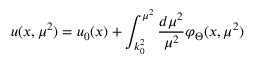
u ( x , \mu ^ { 2 } ) = u _ { 0 } ( x ) + \int _ { k _ { 0 } ^ { 2 } } ^ { \mu ^ { 2 } } \frac { d \mu ^ { 2 } } { \mu ^ { 2 } } \varphi _ { \Theta } ( x , \mu ^ { 2 } )